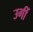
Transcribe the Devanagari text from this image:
उगीं